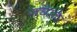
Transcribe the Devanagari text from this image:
जंघाके